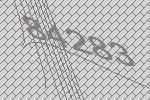
84283